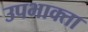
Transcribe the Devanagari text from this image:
उपभाक्ता